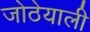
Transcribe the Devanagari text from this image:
जोठेयाली